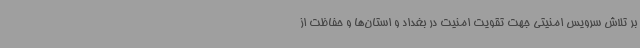
بر تلاش سرویس امنیتی جهت تقویت امنیت در بغداد و استان‌ها و حفاظت از